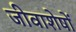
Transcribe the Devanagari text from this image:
जीवाशेषों